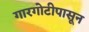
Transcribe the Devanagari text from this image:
गारगोटीपासून